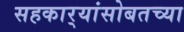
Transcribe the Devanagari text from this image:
सहकार्‍यांसोबतच्या